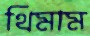
থিমাম